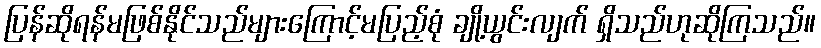
ပြန်ဆိုရန်မဖြစ်နိုင်သည်များကြောင့်မပြည့်စုံ ချို့ယွင်းလျက် ရှိသည်ဟုဆိုကြသည်။